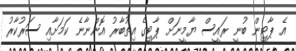
އެ ޕާޓީން ބުނީ ރައީސް ޔާމީނަށް ޕާޓީގެ އިތުބާރު އޮންނާނެ ކަމަށާއި ސަރުކާރު